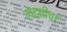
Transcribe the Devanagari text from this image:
लढतीचा